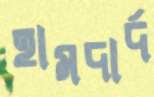
হামদার্দ